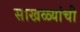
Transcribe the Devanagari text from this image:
साखळ्यांची